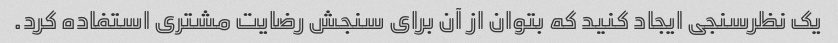
یک نظرسنجی ایجاد کنید که بتوان از آن برای سنجش رضایت مشتری استفاده کرد.